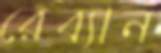
রেব্যান